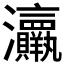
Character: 𱪟